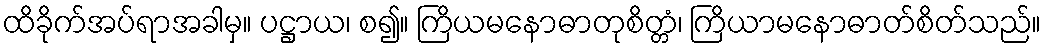
ထိခိုက်အပ်ရာအခါမှ။ ပဋ္ဌာယ၊ စ၍။ ကြိယမနောဓာတုစိတ္တံ၊ ကြိယာမနောဓာတ်စိတ်သည်။